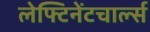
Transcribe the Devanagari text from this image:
लेफ्टिनेंटचार्ल्स